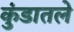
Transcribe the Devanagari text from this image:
कुंडातले